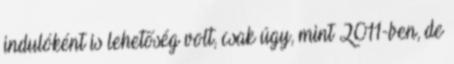
indulóként is lehetőség volt, csak úgy, mint 2011-ben, de